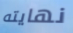
نهايته